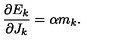
\frac { \partial E _ { k } } { \partial J _ { k } } = \alpha m _ { k } .